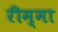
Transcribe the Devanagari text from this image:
रीम्मा